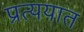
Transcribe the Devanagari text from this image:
प्रत्ययात